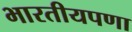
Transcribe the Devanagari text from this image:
भारतीयपणा